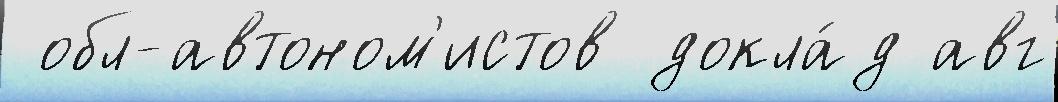
 обл-автоном'истов докла́д авг